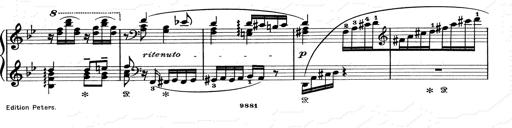
Title: Aus Lohengrin
Composer: Franz Liszt